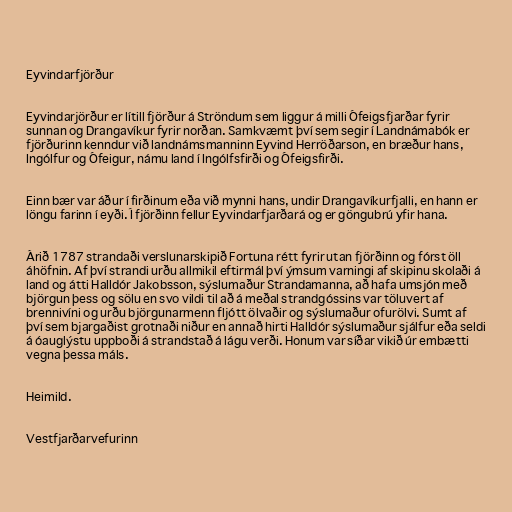
Eyvindarfjörður

Eyvindarjörður er lítill fjörður á Ströndum sem liggur á milli Ófeigsfjarðar fyrir
sunnan og Drangavíkur fyrir norðan. Samkvæmt því sem segir í Landnámabók er
fjörðurinn kenndur við landnámsmanninn Eyvind Herröðarson, en bræður hans,
Ingólfur og Ófeigur, námu land í Ingólfsfirði og Ófeigsfirði.

Einn bær var áður í firðinum eða við mynni hans, undir Drangavíkurfjalli, en hann er
löngu farinn í eyði. Í fjörðinn fellur Eyvindarfjarðará og er göngubrú yfir hana.

Árið 1787 strandaði verslunarskipið Fortuna rétt fyrir utan fjörðinn og fórst öll
áhöfnin. Af því strandi urðu allmikil eftirmál því ýmsum varningi af skipinu skolaði á
land og átti Halldór Jakobsson, sýslumaður Strandamanna, að hafa umsjón með
björgun þess og sölu en svo vildi til að á meðal strandgóssins var töluvert af
brennivíni og urðu björgunarmenn fljótt ölvaðir og sýslumaður ofurölvi. Sumt af
því sem bjargaðist grotnaði niður en annað hirti Halldór sýslumaður sjálfur eða seldi
á óauglýstu uppboði á strandstað á lágu verði. Honum var síðar vikið úr embætti
vegna þessa máls.

Heimild.

Vestfjarðarvefurinn